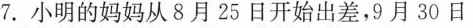
7.小明的妈妈从8月25日开始出差，9月30日